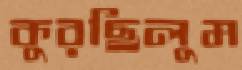
কুরছিলুম